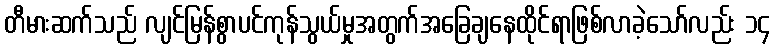
တီမားဆက်သည် လျင်မြန်စွာပင်ကုန်သွယ်မှုအတွက်အခြေချနေထိုင်ရာဖြစ်လာခဲ့သော်လည်း ၁၄